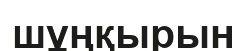
шұңқырын